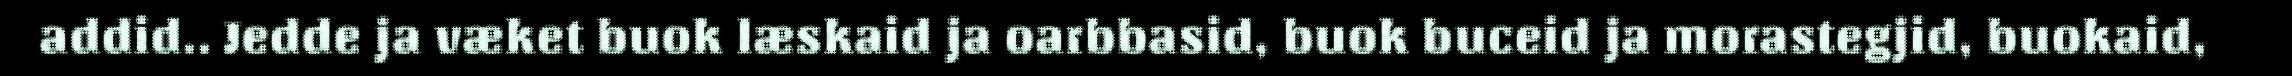
addid.. Jedde ja væket buok læskaid ja oarbbasid, buok buceid ja morastegjid, buokaid,